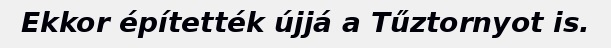
Ekkor építették újjá a Tűztornyot is.